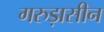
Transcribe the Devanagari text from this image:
गरुड़ासीन